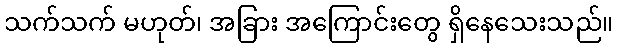
သက်သက် မဟုတ်၊ အခြား အကြောင်းတွေ ရှိနေသေးသည်။